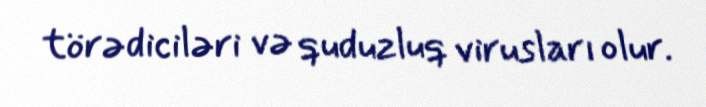
törədiciləri və quduzluq virusları olur.